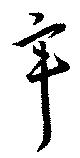
辛